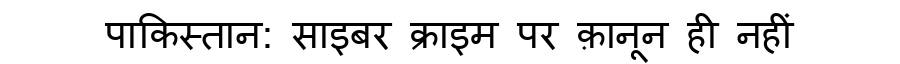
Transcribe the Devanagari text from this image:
पाकिस्तान: साइबर क्राइम पर क़ानून ही नहीं